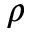
\rho